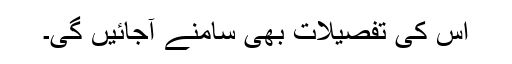
اس کی تفصیلات بھی سامنے آجائیں گی۔